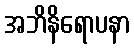
အဘိနိရောပနာ